Investigations on Bengal jail dietaries - Number 37
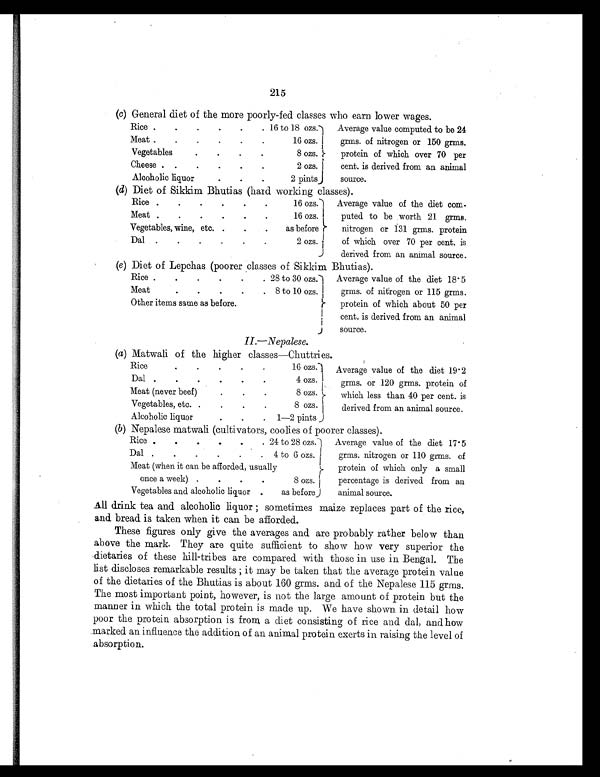
215
(c) General diet of the more poorly-fed classes who earn lower wages.
Rice . .
.
.
.
16 to 18 ozs.
Average value computed to be 24
grms. of nitrogen or 150 grms.
. 16 ozs.
Meat . .
.
.
.
Vegetables
.
.
.
. 8 ozs.
protein of which over 70 per
cent. is derived from an animal
source.
2 ozs.
Cheese .
. .
.
.
.
Alcoholic liquor .
.
. 2 pints
(d) Diet of Sikkim Bhutias (hard working classes).
Rice .
.
.
.
.
.
16 ozs.
Average value of the diet com-
Meat .
.
.
.
.
.
16 ozs. puted to be worth 21 grms.
Vegetables, wine, etc. .
.
.
as before
nitrogen or 131 grms. protein
of which over 70 per cent. is
derived from an animal source.
Dal .
.
.
.
.
.
2 ozs.
(e) Diet of Lepchas (poorer classes of Sikkim Bhutias).
Rice.
. .
.
.
. 28 to 30 ozs.
Average value of the diet 18. 5
grms. of nitrogen or 115 grms.
Meat
. .
.
. . 8 to 10 ozs.
Other items same as before.
protein of which about 50 per
cent. is derived from an animal
source.
II.—Nepalese.
(a) Matwali of the higher classes—Chuttries.
Rice
.
.
.
.
.
16 ozs.
Average value of the diet 19. 2
grms. or 120 grms. protein of
which less than 40 per cent. is
derived from an animal source.
Dal .
.
.
.
.
.
4 ozs.
Meat (never beef)
.
.
.
8 ozs.
Vegetables, etc. .
.
.
.
8 ozs.
Alcoholic liquor
.
.
. 1—2 pints
(b) Nepalese matwali (cultivators, coolies of poorer classes).
Rice .
.
. .
. . 24 to 28 ozs.
Average value of the diet 17.5
grms. nitrogen or 110 grms. of
protein of which only a small
percentage is derived from an
animal source.
Dal
.
.
.
.
.
. 4 to 6 ozs.
Meat (when it can be afforded, usually
once a week
.
.
.
8 o z s .
Vegetables and alcoholic liquor .
as before
All drink tea and alcoholic liquor; sometimes maize replaces part of the rice,
and bread is taken when it can be afforded.
These figures only give the averages and are probably rather below than
above the mark. They are quite sufficient to show how very superior the
dietaries of these hill-tribes are compared with those in use in Bengal. The
list discloses remarkable results; it may be taken that the average protein value
of the dietaries of the Bhutias is about 160 grms. and of the Nepalese 115 grms.
The most important point, however, is not the large amount of protein but the
manner in which the total protein is made up. We have shown in detail how
poor the protein absorption is from a diet consisting of rice and dal, and how
marked an influence the addition of an animal protein exerts in raising the level of
absorption.